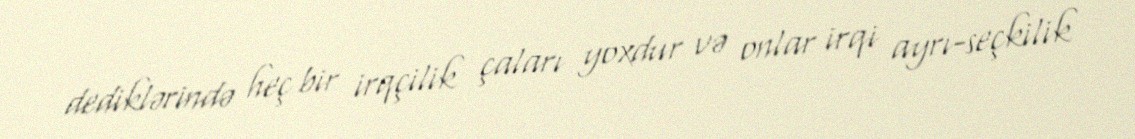
dediklərində heç bir irqçilik çaları yoxdur və onlar irqi ayrı-seçkilik